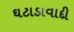
ઘટાડાવાદી